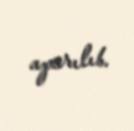
aparılıb.